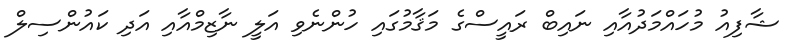
ޝާފިއު މުހައްމަދުއާއި ނައިބް ރައީސްގެ މަޤާމުގައި ހުންނެވި އަލީ ނާޒިމްއާއި އަދި ކައުންސިލް